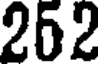
252